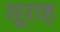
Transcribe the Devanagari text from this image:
सूराह